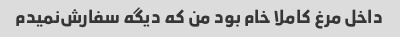
داخل مرغ کاملا خام بود من که دیگه سفارش‌نمیدم